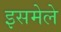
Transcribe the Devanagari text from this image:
इसमेले